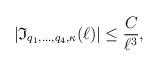
LaTeX: \begin{align*}|\mathfrak{I}_{q_1,\ldots, q_4, \kappa}(\ell)|\leq \frac{C}{\ell^ {3}},\end{align*}